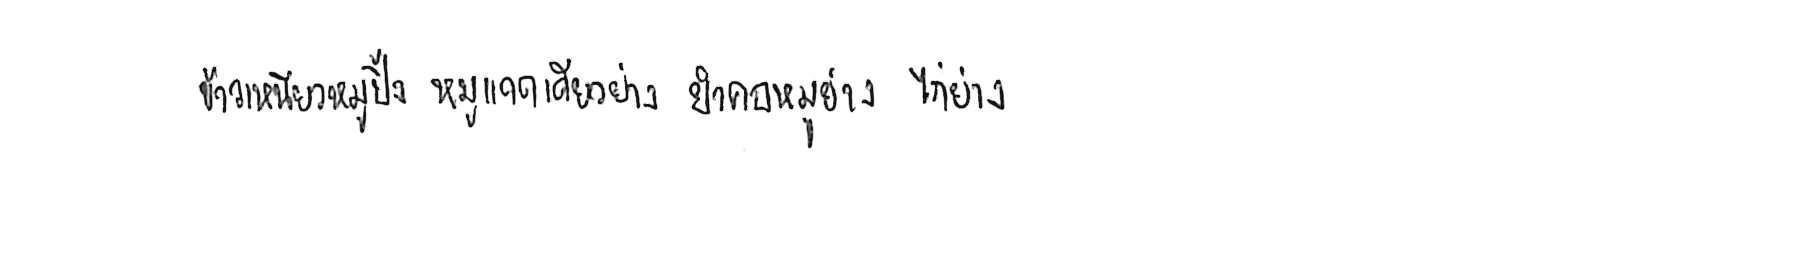
ข้าวเหนียวหมูปิ้ง หมูแดดเดียวย่าง ยำคอหมูย่าง ไก่ย่าง